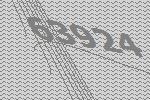
63924